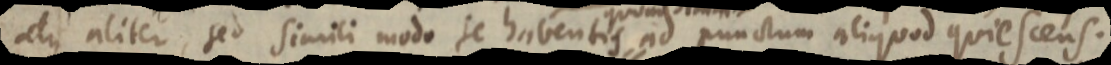
atque aliter, sed simili modo se habentis ad punctum aliquod quiescens.